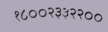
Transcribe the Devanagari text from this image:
१८००२३३२२००